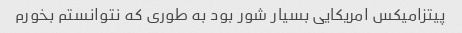
پیتزامیکس امریکایی بسیار شور بود به طوری که نتوانستم بخورم